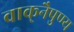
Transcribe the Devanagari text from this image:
वाक्‌नैपुण्य